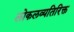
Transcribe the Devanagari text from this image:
लोकलव्यतिरिक्त